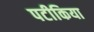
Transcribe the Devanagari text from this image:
पटीकिया